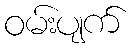
ဝမ်းပျက်